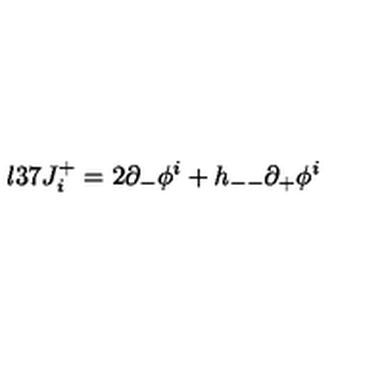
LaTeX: \l { 3 7 } J _ { i } ^ { + } = 2 \partial _ { - } \phi ^ { i } + h _ { -- } \partial _ { + } \phi ^ { i }